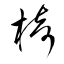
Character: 椅